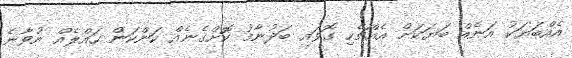
އެއްބަޔަކު އަނެއް ބަޔަކަށް އެއްޗެހި ގޮވައި ބަދުނާމު ކޮށްގެނެއް ކަންކަން ހައްލެއް ނުވާނެ